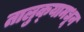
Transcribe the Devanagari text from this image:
तालुक्‍यामधून